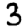
Digit: 3